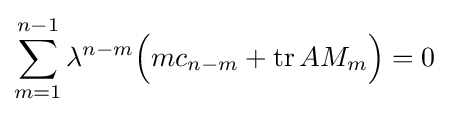
\sum _{m=1}^{n-1}\lambda ^{n-m}{\Big (}mc_{n-m}+\operatorname {tr} AM_{m}{\Big )}=0~